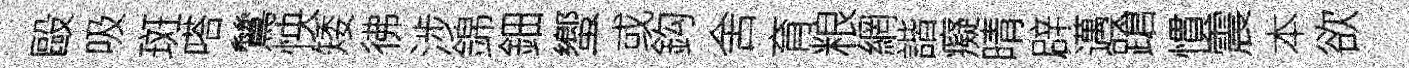
毆吸斑嗒鷥怏矮彿涉錦鈿蠁或鈎舍育粮網諧癡晴辟邁蹌慣震本欲